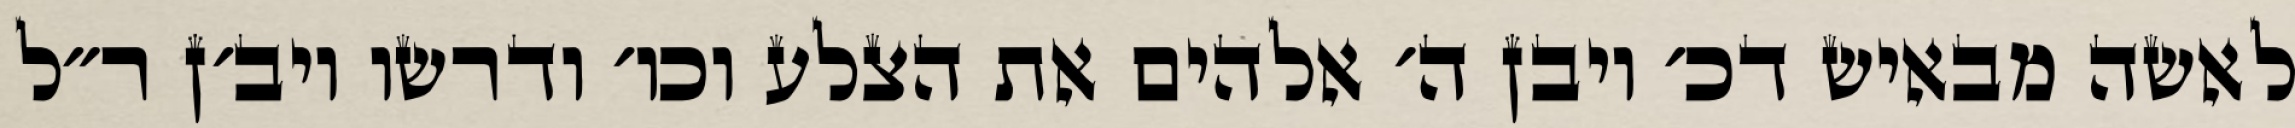
לאשה מבאיש דכ׳ ויבן ה׳ אלהים את הצלע וכו׳ ודרשו ויב׳ן ר״ל